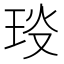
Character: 𤥎